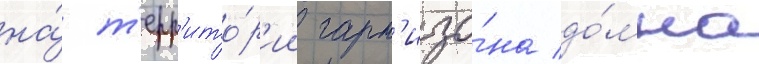
на́ т'ерр'ито́р'ии гарн'изо́на до́мна